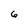
Character: 6